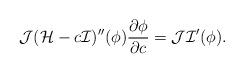
LaTeX: \begin{align*}\mathcal{J}(\mathcal{H}-c\mathcal{I})''(\phi)\frac{\partial\phi}{\partial c}=\mathcal{J}\mathcal{I}'(\phi).\end{align*}